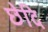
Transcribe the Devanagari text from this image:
छेदि